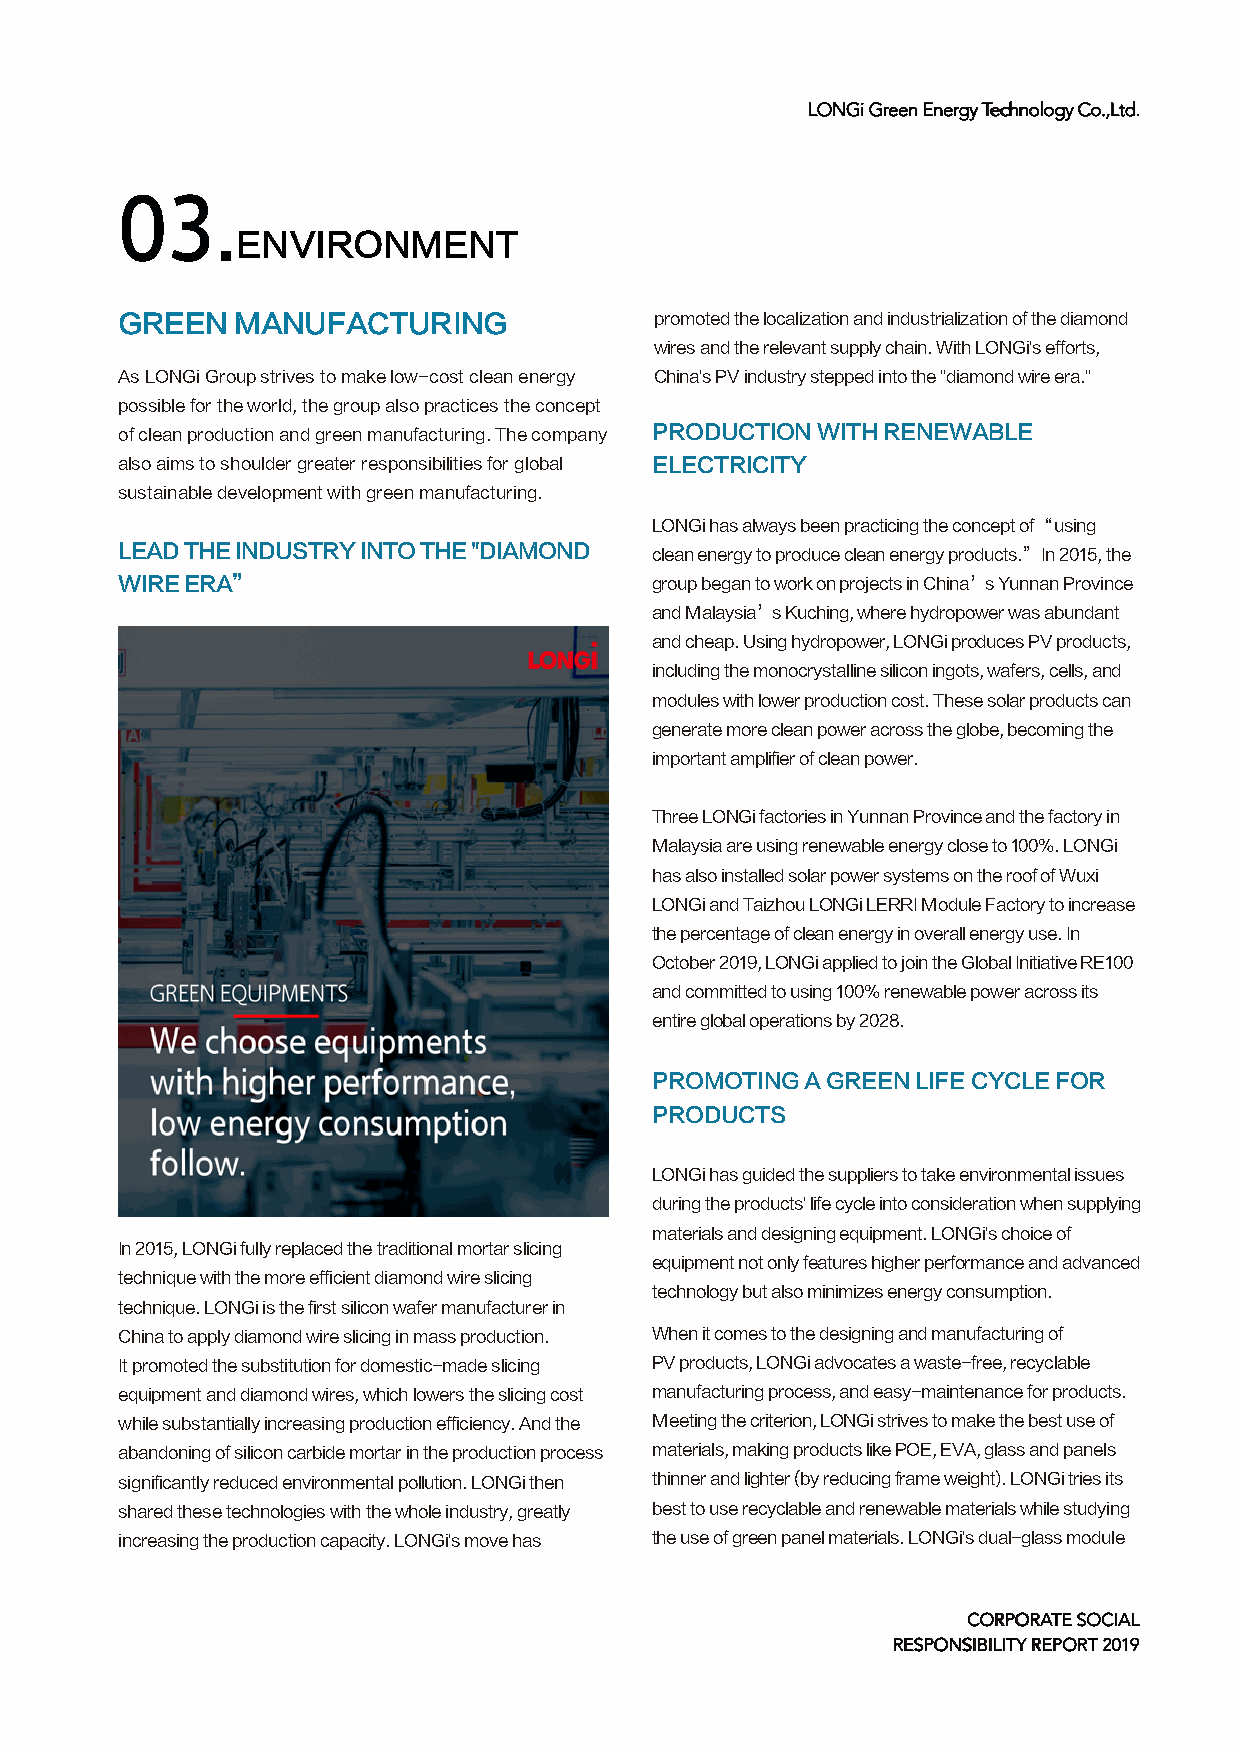
LLLLOOOONNNNGGGGiiii GGGGrrrreeeeeeeennnn EEEEnnnneeeerrrrggggyyyy TTTTeeeecccchhhhnnnnoooollllooooggggyyyy CCCCoooo....,,,,LLLLttttdddd....
 03.
 ENVIRONMENT
 GREEN  MANUFACTURING               promoted the localization and industrialization of the diamond
 wires and the relevant supply chain. With LONGi's efforts,
 As LONGi Group strives to make low-cost clean energy China's PV industry stepped into the "diamond wire era."
 possible for the world, the group also practices the concept
 of clean production and green manufacturing. The company PRODUCTION WITH RENEWABLE
 also aims to shoulder greater responsibilities for global ELECTRICITY
 sustainable development with green manufacturing.
 LONGi has always been practicing the concept of “using
 LEAD THE INDUSTRY INTO THE "DIAMOND clean energy to produce clean energy products.” In 2015, the
 WIRE ERA”                          group began to work on projects in China’s Yunnan Province
 and Malaysia’s Kuching, where hydropower was abundant
 and cheap. Using hydropower, LONGi produces PV products,
 including the monocrystalline silicon ingots, wafers, cells, and
 modules with lower production cost. These solar products can
 generate more clean power across the globe, becoming the
 important amplifier of clean power.
 Three LONGi factories in Yunnan Province and the factory in
 Malaysia are using renewable energy close to 100%. LONGi
 has also installed solar power systems on the roof of Wuxi
 LONGi and Taizhou LONGi LERRI Module Factory to increase
 the percentage of clean energy in overall energy use. In
 October 2019, LONGi applied to join the Global Initiative RE100
 and committed to using 100% renewable power across its
 entire global operations by 2028.
 PROMOTING A GREEN LIFE CYCLE FOR
 PRODUCTS
 LONGi has guided the suppliers to take environmental issues
 during the products' life cycle into consideration when supplying
 materials and designing equipment. LONGi's choice of
 In 2015, LONGi fully replaced the traditional mortar slicing
 equipment not only features higher performance and advanced
 technique with the more efficient diamond wire slicing
 technology but also minimizes energy consumption.
 technique. LONGi is the first silicon wafer manufacturer in
 China to apply diamond wire slicing in mass production. When it comes to the designing and manufacturing of
 It promoted the substitution for domestic-made slicing PV products, LONGi advocates a waste-free, recyclable
 equipment and diamond wires, which lowers the slicing cost manufacturing process, and easy-maintenance for products.
 while substantially increasing production efficiency. And the Meeting the criterion, LONGi strives to make the best use of
 abandoning of silicon carbide mortar in the production process materials, making products like POE, EVA, glass and panels
 significantly reduced environmental pollution. LONGi then thinner and lighter (by reducing frame weight). LONGi tries its
 shared these technologies with the whole industry, greatly best to use recyclable and renewable materials while studying
 increasing the production capacity. LONGi's move has the use of green panel materials. LONGi's dual-glass module
 CCOORRPPOORRAATTEE SSOOCCIIAALL
 RREESSPPOONNSSIIBBIILLIITTYY RREEPPOORRTT 22001199